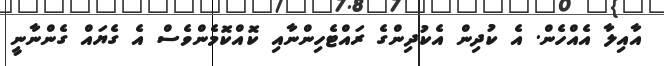
އާއިލާ އެއްހެން. އެ ކުދިން އެކުދިންގެ ރައްޓެހިންނާއި ކޮއްކޮމެންވެސް އެ ގެޔައް ގެންނާނީ